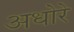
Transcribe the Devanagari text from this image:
अधोरे